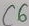
Text: C6